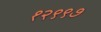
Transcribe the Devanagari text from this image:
१२९९७